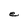
Character: e